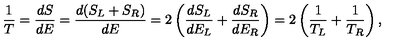
{ \frac { 1 } { T } } = { \frac { d S } { d E } } = { \frac { d ( S _ { L } + S _ { R } ) } { d E } } = 2 \left( { \frac { d S _ { L } } { d E _ { L } } } + { \frac { d S _ { R } } { d E _ { R } } } \right) = 2 \left( { \frac { 1 } { T _ { L } } } + { \frac { 1 } { T _ { R } } } \right) ,